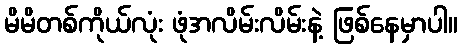
မိမိတစ်ကိုယ်လုံး ဖုံအလိမ်းလိမ်းနဲ့ ဖြစ်နေမှာပါ။